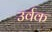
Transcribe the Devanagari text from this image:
उर्वक